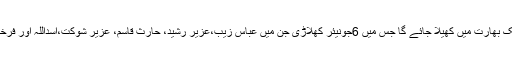
ورلڈ جونیئر سکواش ٹورنامنٹ17سی29 جولائی تک بھارت میں کھیلا جائے گا جس میں 6جونیئر کھلاڑی جن میں عباس زیب،عزیر رشید، حارث قاسم، عزیر شوکت،اسداللہ اور فرخان ہاشمی شامل ہیں پاکستان کی نمائندگی کریں گے۔